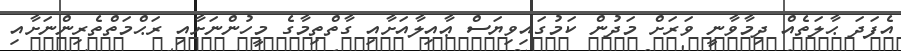
އެފަދަ ޙާލަތެއް ދިމާވާނީ ވަރަށް މަދުން ކަމުގައިވިޔަސް ޢާއިލާއަށާއި ގާތްތިމާގެ މީހުންނަށާއި ރަޙްމަތްތެރިންނަށާއި